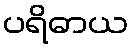
ပရိဓာယ